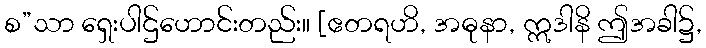
စ”သာ ရှေးပါဌ်ဟောင်းတည်း။ [ဧတရဟိ, အဓုနာ, ဣဒါနိ ဤအခါ၌,